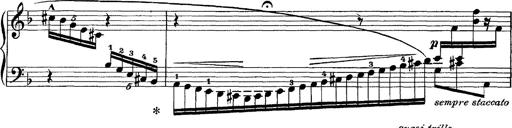
Title: Scherzo und Marsch
Composer: Franz Liszt